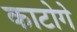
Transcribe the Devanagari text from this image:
काटोगे